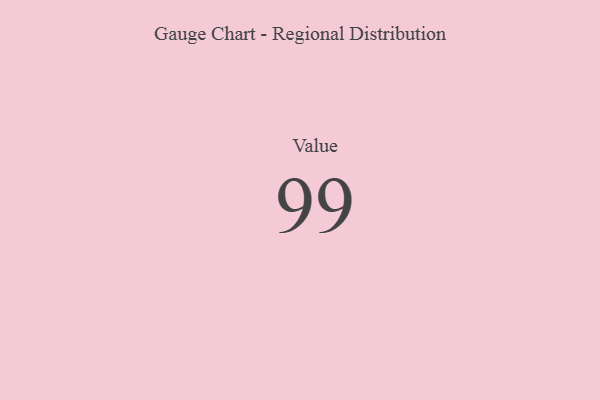
{"axis": {"x": "Metric", "y": "Value"}, "legend": [""], "data": [{"x": "Value", "y": 99, "type": ""}]}